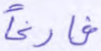
فارغا